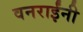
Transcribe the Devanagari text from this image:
वनराईंनी